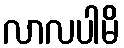
လာလပါမိ